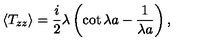
\langle T _ { z z } \rangle = { \frac { i } { 2 } } \lambda \left( \cot \lambda a - { \frac { 1 } { \lambda a } } \right) ,